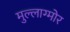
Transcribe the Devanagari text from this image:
मुल्लाग्मोर